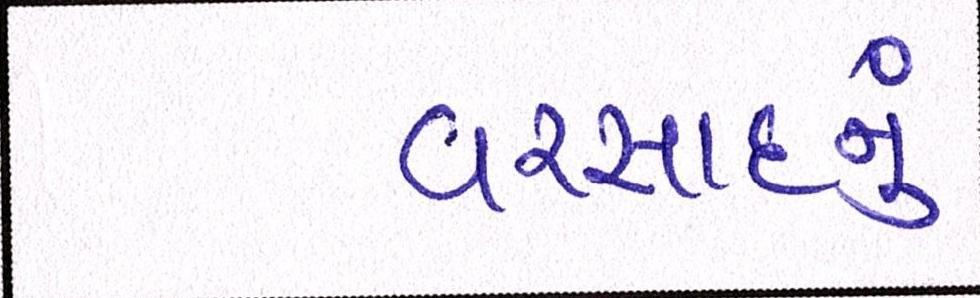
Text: વરસાદનું